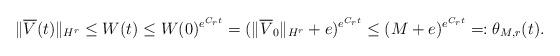
LaTeX: \begin{align*} \|\overline{V}(t)\|_{H^r} \leq W(t) \leq W(0)^{e^{C_r t}} = (\|\overline{V}_0\|_{H^r} +e)^{e^{C_r t}} \leq (M+e)^{e^{C_r t}} =: \theta_{M,r}(t).\end{align*}